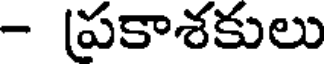
- ప్రకాశకులు